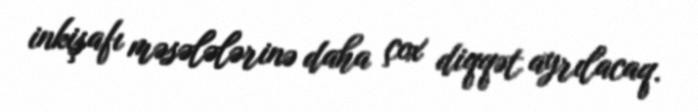
inkişafı məsələlərinə daha çox diqqət ayrılacaq.